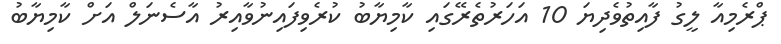
ޕްރެމިއާ ލީގު ފާއިތުވެދިޔަ 10 އަހަރުތެރޭގައި ކާމިޔާބު ކުރެވިފައިނުވާއިރު އާސެނަލް އަށް ކާމިޔާބު